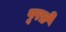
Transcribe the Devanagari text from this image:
पूरते